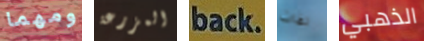
ومهما المزرعة back لفات الذهبي